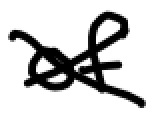
Text: of
Cross-out: cross
Writing tool: digital_black